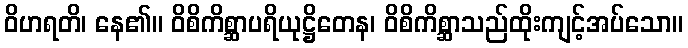
ဝိဟရတိ၊ နေ၏။ ဝိစိကိစ္ဆာပရိယုဋ္ဌိတေန၊ ဝိစိကိစ္ဆာသည်ထိုးကျင့်အပ်သော။